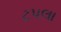
ટપલા